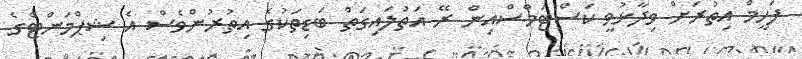
ފަހީމް އިތުރަށް ވިދާޅުވީ ކަސްޓަމްސްއިން ރޭ އަތުލައިގަތް ބަޑިތަކުގެ އިތުރުންވެސް އެ ޝިޕްމަންޓްގެ